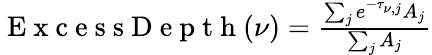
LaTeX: \begin{array}{r}{\mathrm{~E~x~c~e~s~s~D~e~p~t~h~}(\nu)=\frac{\sum_{j}e^{-\tau_{\nu,j}}A_{j}}{\sum_{j}A_{j}}}\end{array}